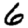
Digit: 6